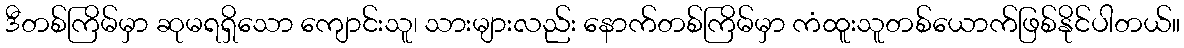
ဒီတစ်ကြိမ်မှာ ဆုမရရှိသော ကျောင်းသူ၊ သားများလည်း နောက်တစ်ကြိမ်မှာ ကံထူးသူတစ်ယောက်ဖြစ်နိုင်ပါတယ်။